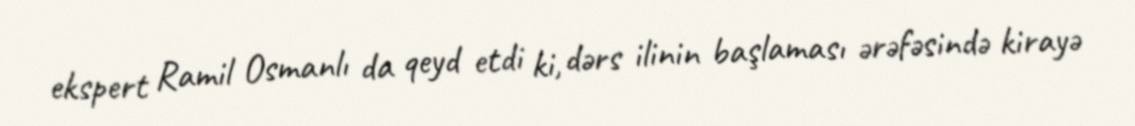
ekspert Ramil Osmanlı da qeyd etdi ki, dərs ilinin başlaması ərəfəsində kirayə